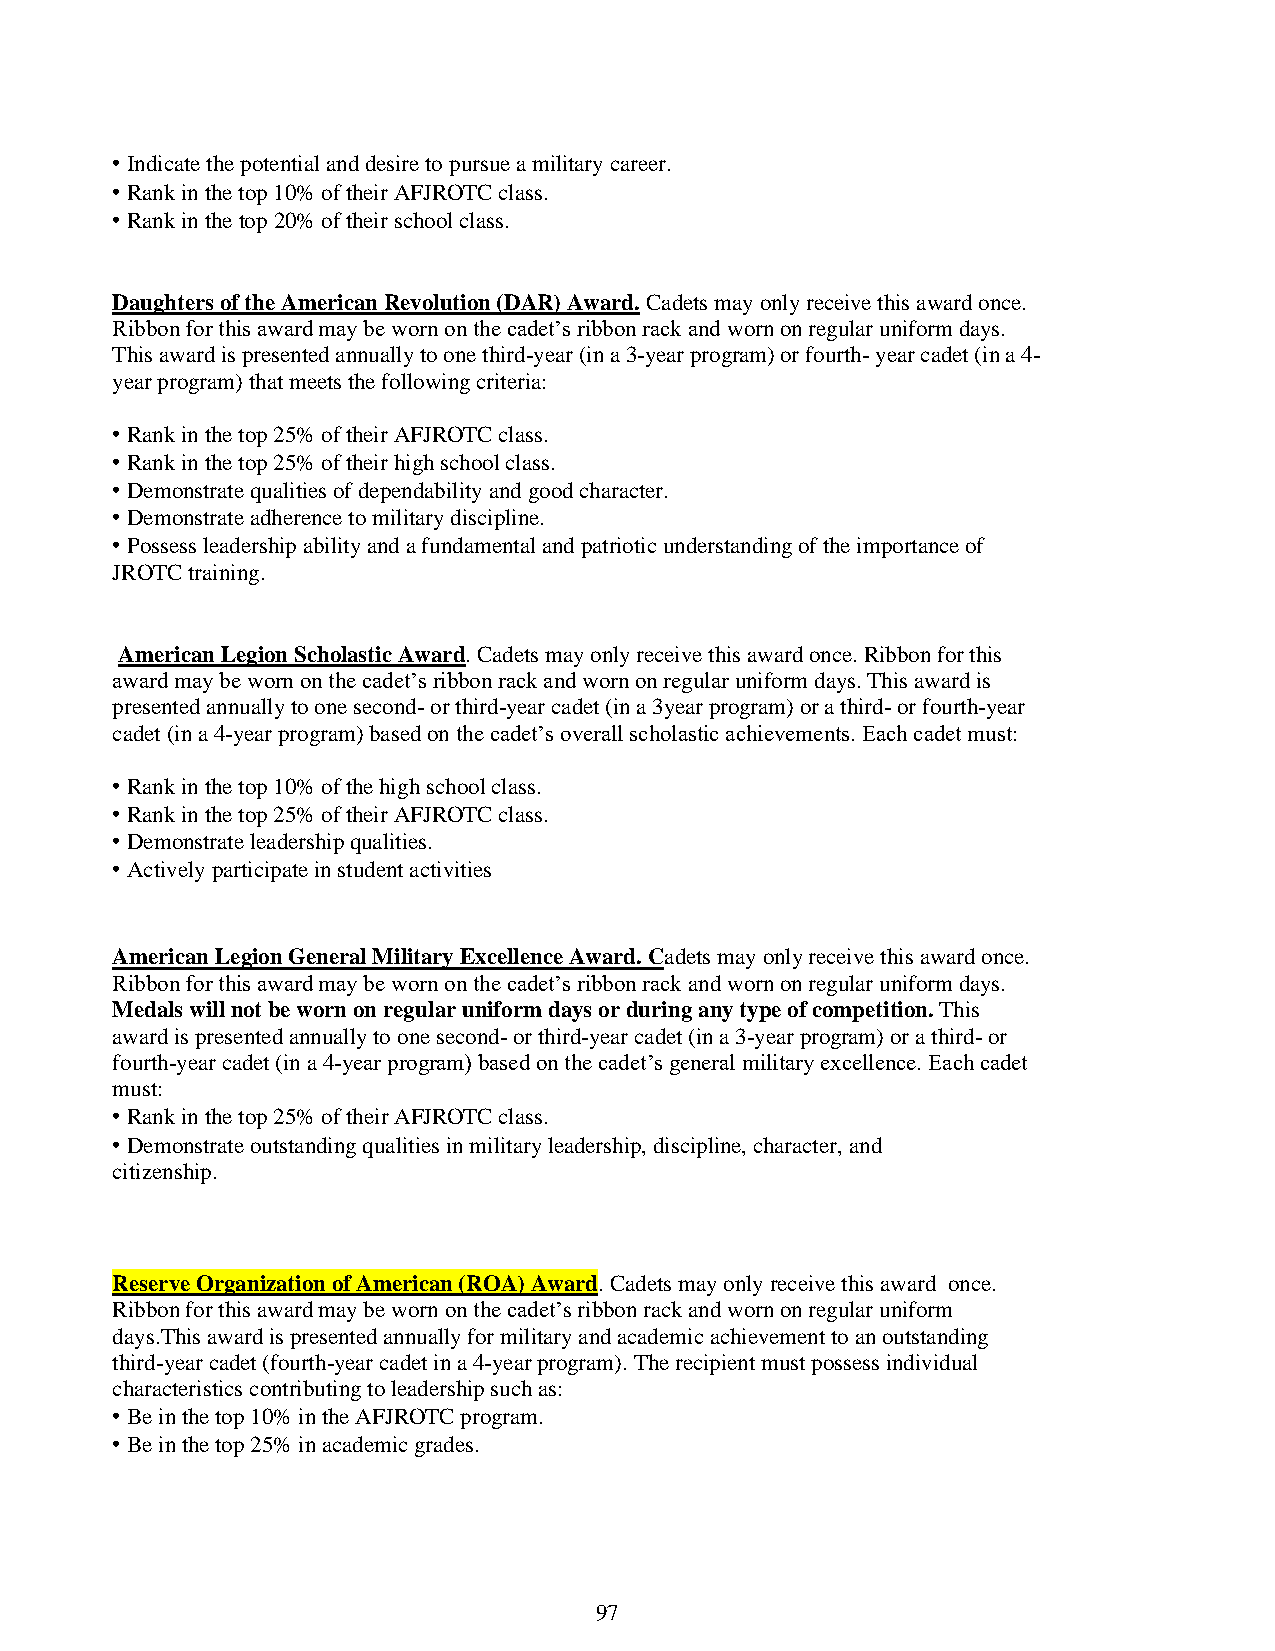
• Indicate the potential and desire to pursue a military career.
 • Rank in the top 10% of their AFJROTC class.
 • Rank in the top 20% of their school class.
 Daughters of the American Revolution (DAR) Award. Cadets may only receive this award once.
 Ribbon for this award may be worn on the cadet’s ribbon rack and worn on regular uniform days.
 This award is presented annually to one third-year (in a 3-year program) or fourth- year cadet (in a 4-
 year program) that meets the following criteria:
 • Rank in the top 25% of their AFJROTC class.
 • Rank in the top 25% of their high school class.
 • Demonstrate qualities of dependability and good character.
 • Demonstrate adherence to military discipline.
 • Possess leadership ability and a fundamental and patriotic understanding of the importance of
 JROTC training.
 American Legion Scholastic Award. Cadets may only receive this award once. Ribbon for this
 award may be worn on the cadet’s ribbon rack and worn on regular uniform days. This award is
 presented annually to one second- or third-year cadet (in a 3year program) or a third- or fourth-year
 cadet (in a 4-year program) based on the cadet’s overall scholastic achievements. Each cadet must:
 • Rank in the top 10% of the high school class.
 • Rank in the top 25% of their AFJROTC class.
 • Demonstrate leadership qualities.
 • Actively participate in student activities
 American Legion General Military Excellence Award. Cadets may only receive this award once.
 Ribbon for this award may be worn on the cadet’s ribbon rack and worn on regular uniform days.
 Medals will not be worn on regular uniform days or during any type of competition. This
 award is presented annually to one second- or third-year cadet (in a 3-year program) or a third- or
 fourth-year cadet (in a 4-year program) based on the cadet’s general military excellence. Each cadet
 must:
 • Rank in the top 25% of their AFJROTC class.
 • Demonstrate outstanding qualities in military leadership, discipline, character, and
 citizenship.
 Reserve Organization of American (ROA) Award. Cadets may only receive this award once.
 Ribbon for this award may be worn on the cadet’s ribbon rack and worn on regular uniform
 days.This award is presented annually for military and academic achievement to an outstanding
 third-year cadet (fourth-year cadet in a 4-year program). The recipient must possess individual
 characteristics contributing to leadership such as:
 • Be in the top 10% in the AFJROTC program.
 • Be in the top 25% in academic grades.
 97